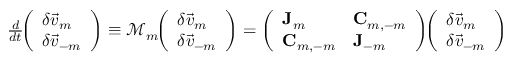
\begin{array} { r } { \frac { d } { d t } \! \! \left( \begin{array} { l } { \delta \vec { v } _ { m } } \\ { \delta \vec { v } _ { - m } } \end{array} \right) \equiv \mathcal { M } _ { m } \! \! \left( \begin{array} { l } { \delta \vec { v } _ { m } } \\ { \delta \vec { v } _ { - m } } \end{array} \right) = \left( \begin{array} { l l } { \mathbf { J } _ { m } } & { \mathbf { C } _ { m , - m } } \\ { \mathbf { C } _ { m , - m } } & { \mathbf { J } _ { - m } } \end{array} \right) \! \! \left( \begin{array} { l } { \delta \vec { v } _ { m } } \\ { \delta \vec { v } _ { - m } } \end{array} \right) } \end{array}